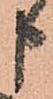
申